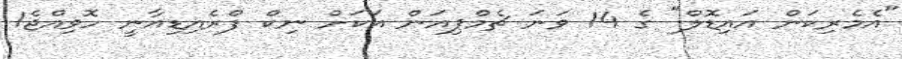
"އެމެރިކަން އައިޑޮލް" ގެ 14 ވަނަ ޗެމްޕިއަން އަކަށް ނިކް ފްރެއިޑިއާނީ ހޮވިއްޖެ1